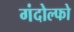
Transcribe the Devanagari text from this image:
गंदोल्फो